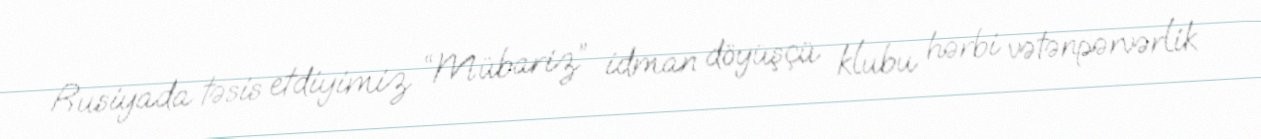
Rusiyada təsis etdiyimiz “Mübariz” idman döyüşçü klubu hərbi vətənpərvərlik